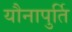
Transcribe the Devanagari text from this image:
यौनापुर्ति